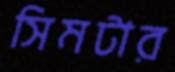
সিমটার